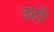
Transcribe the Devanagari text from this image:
उटो